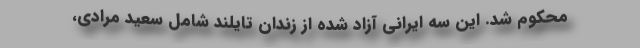
محکوم شد. این سه ایرانی آزاد شده از زندان تایلند شامل سعید مرادی،